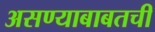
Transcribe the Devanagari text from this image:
असण्याबाबतची